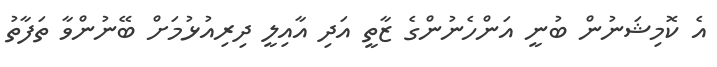
އެ ކޮމިޝަނުން ބުނީ އަންހެނުންގެ ޒާތީ އަދި އާއިލީ ދިރިއުޅުމަށް ބޭނުންވާ ތަފާތު